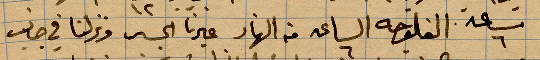
ساعة ٦ الفلوجة الساعة ٦ من النهار غير الجسر ونزلنا في جانب